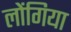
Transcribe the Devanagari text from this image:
लोंगिया